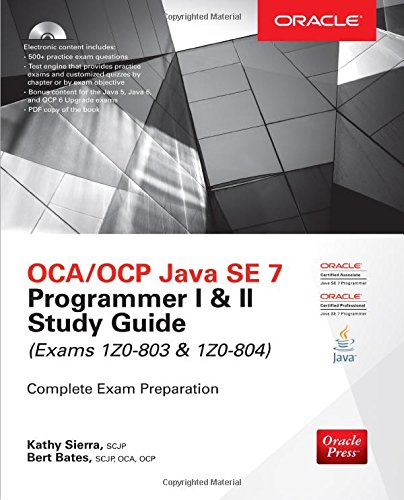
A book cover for OCA/OCP Java SE 7 Programmer I & II Study Guide (Exams 1Z0-803 & 1Z0-804) (Certification Press); Kathy Sierra; Computers & Technology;